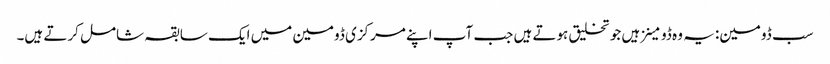
سب ڈومین: یہ وہ ڈومینز ہیں جو تخلیق ہوتے ہیں جب آپ اپنے مرکزی ڈومین میں ایک سابقہ ​​شامل کرتے ہیں۔